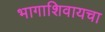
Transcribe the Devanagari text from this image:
भागाशिवायचा